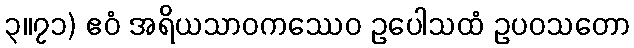
၃။၇၁) ဧဝံ အရိယသာဝကဿေဝ ဥပေါသထံ ဥပဝသတော